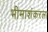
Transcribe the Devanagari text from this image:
भीमाशंकरला